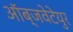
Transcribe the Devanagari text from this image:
ऑब्जवेटेयुर